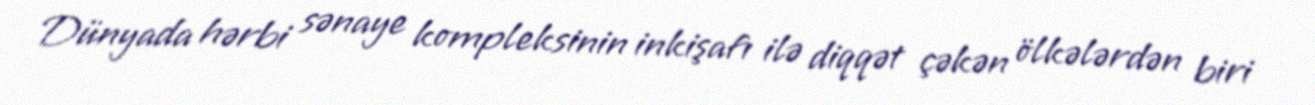
Dünyada hərbi sənaye kompleksinin inkişafı ilə diqqət çəkən ölkələrdən biri